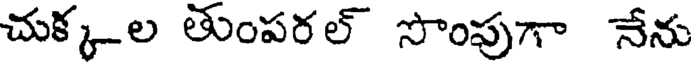
చుక్కల తుంపరల్ సొంపుగా నేను